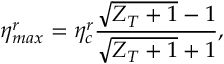
\eta _ { m a x } ^ { r } = \eta _ { c } ^ { r } \frac { \sqrt { Z _ { T } + 1 } - 1 } { \sqrt { Z _ { T } + 1 } + 1 } ,